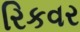
રિકવર